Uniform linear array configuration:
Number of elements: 4
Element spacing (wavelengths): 0.25
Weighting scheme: kaiser
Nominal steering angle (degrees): -15
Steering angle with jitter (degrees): -15.811
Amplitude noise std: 0.05
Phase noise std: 0.05

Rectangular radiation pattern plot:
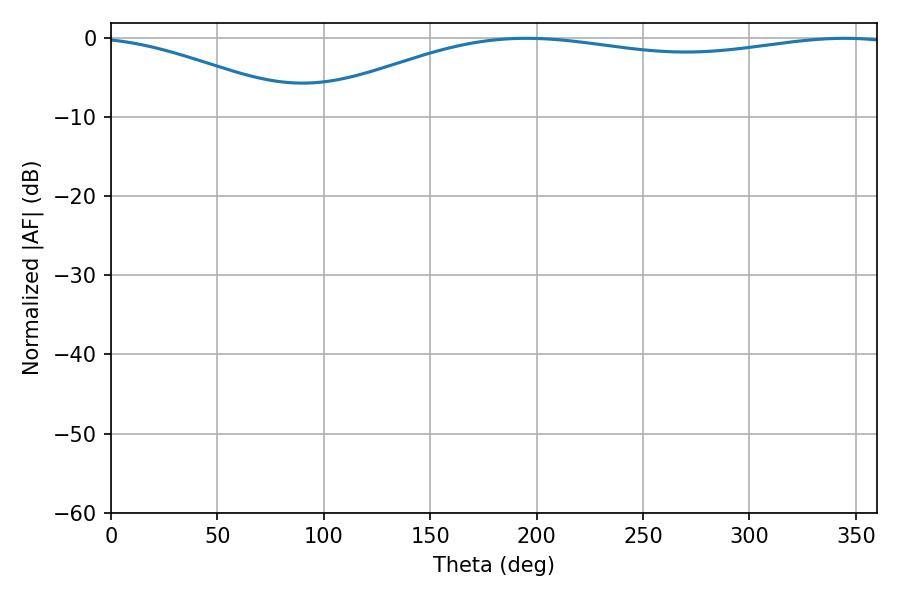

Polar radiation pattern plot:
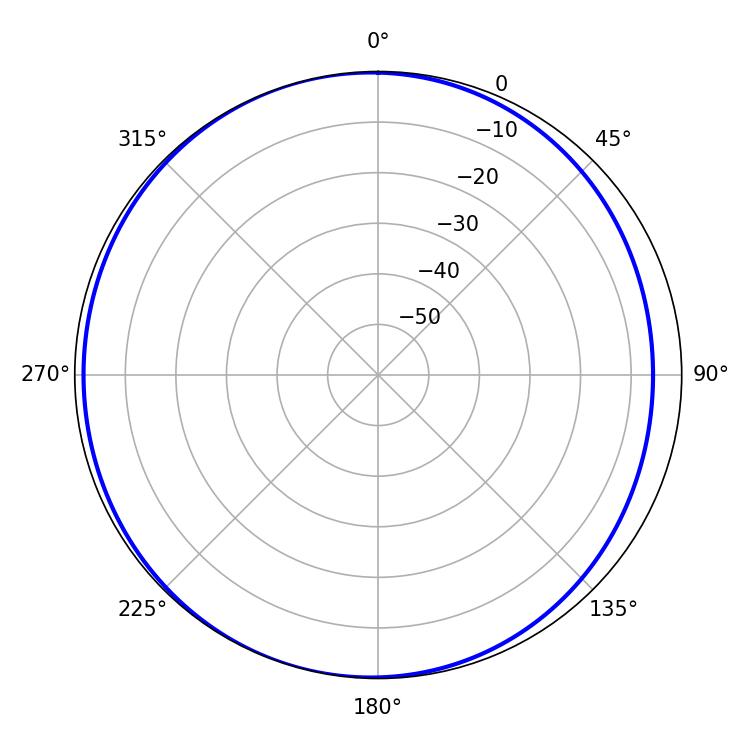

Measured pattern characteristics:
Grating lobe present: FALSE
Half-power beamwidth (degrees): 223.74
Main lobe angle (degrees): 195.12